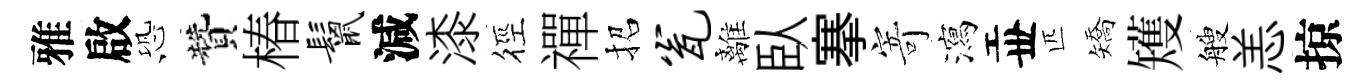
雅啟恐贊椿鬣減漆徑禪招瓮離臥搴寄瀉丗匹矯矱艘恙掠